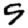
Digit: 9